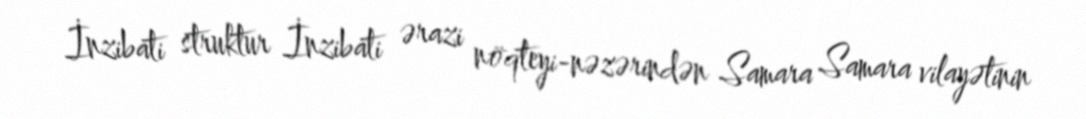
İnzibati struktur İnzibati ərazi nöqteyi-nəzərindən Samara Samara vilayətinin